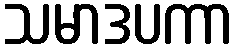
သမာဒပကာ